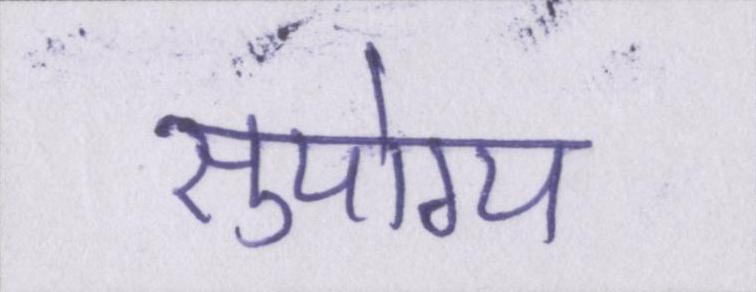
सुयोग्य